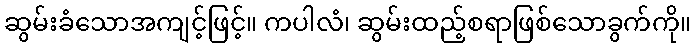
ဆွမ်းခံသောအကျင့်ဖြင့်။ ကပါလံ၊ ဆွမ်းထည့်စရာဖြစ်သောခွက်ကို။